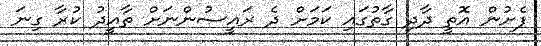
ފެށުން އޮތީ ދާދި ގާތުގައި ކަމަށް ދެ ރައީސުންނަށް ތާއީދު ކުރާ ގިނަ